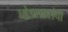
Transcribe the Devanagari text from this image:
घोडस्वारांची